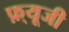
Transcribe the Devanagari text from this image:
फ़्यूजी